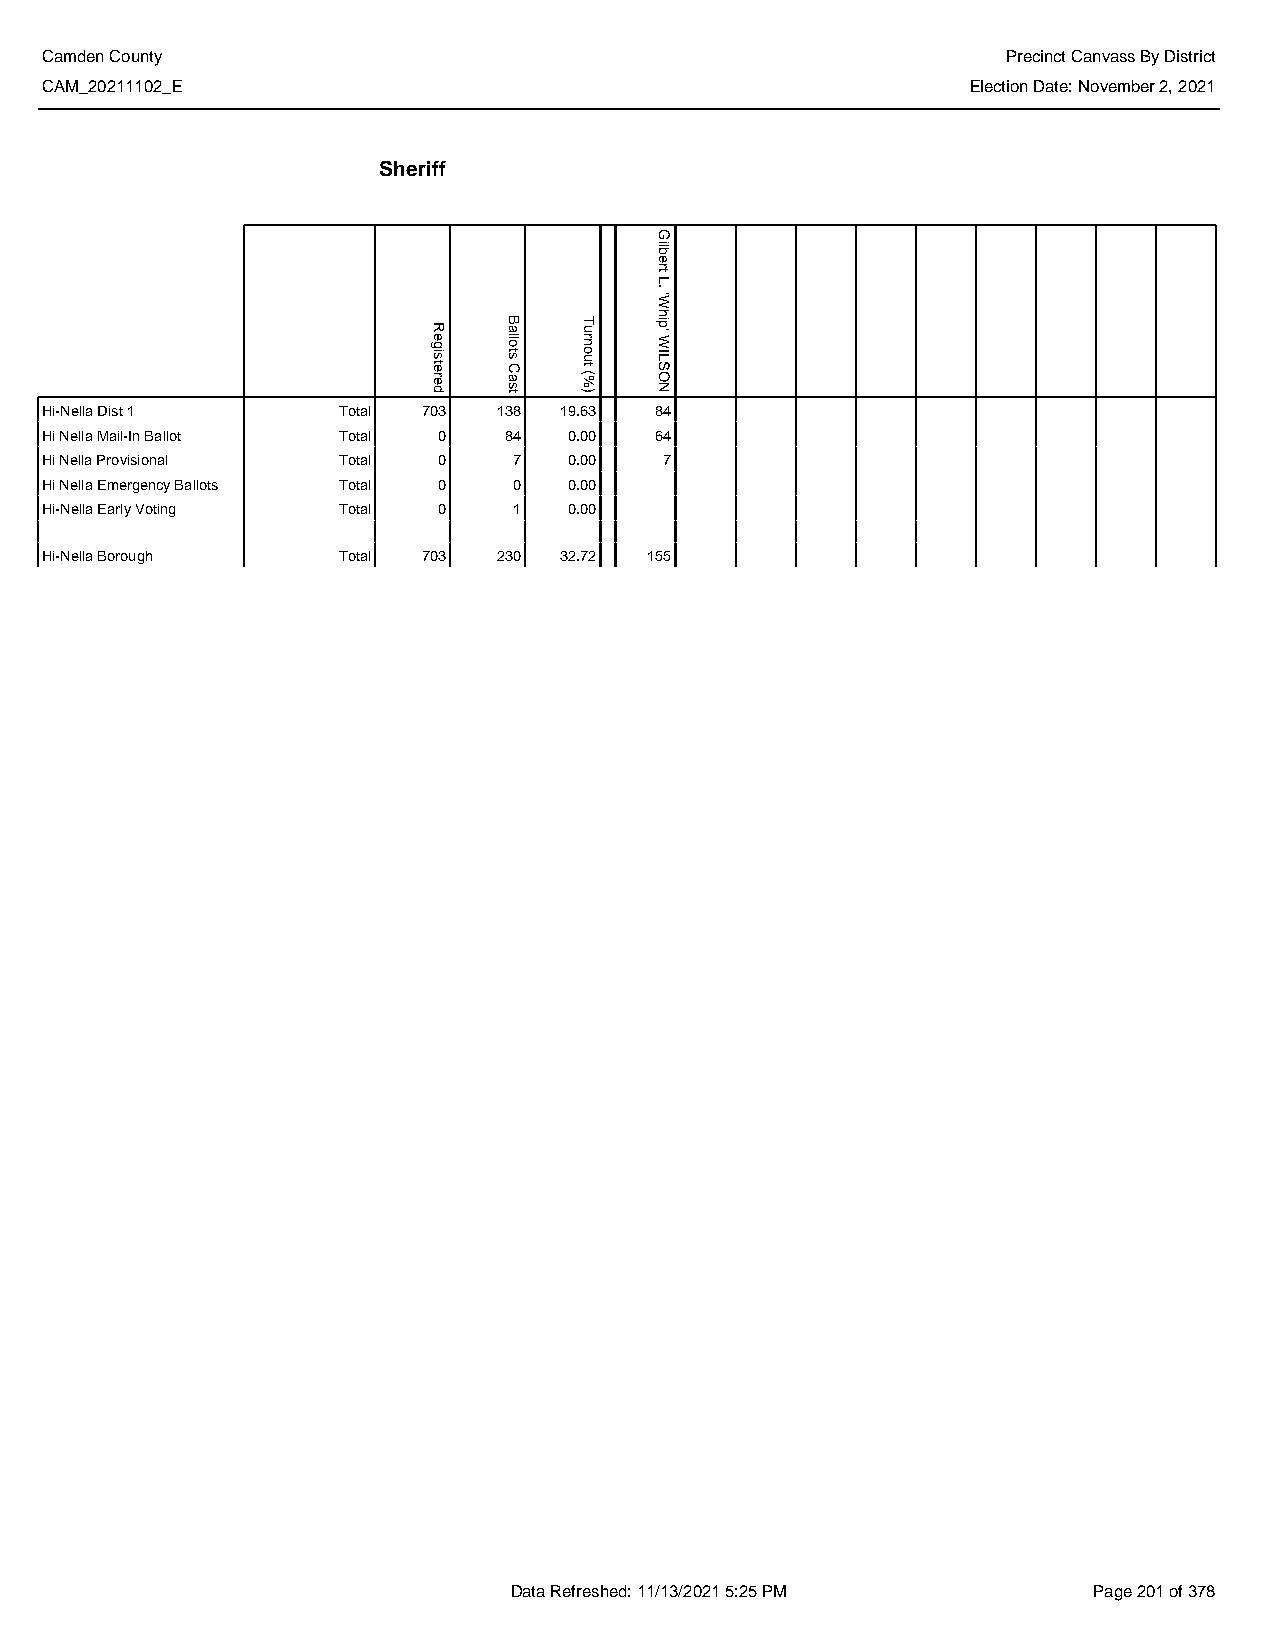
Camden County                                                   Precinct Canvass By District
 CAM_20211102_E                                               Election Date: November 2, 2021
 Sheriff
 Hi-Nella Dist 1    Total 703  138 19.63 84
 Hi Nella Mail-In Ballot Total 0 84 0.00 64
 Hi Nella Provisional Total 0   7   0.00  7
 Hi Nella Emergency Ballots Total 0 0 0.00
 Hi-Nella Early Voting Total 0  1   0.00
 Hi-Nella Borough   Total 703  230 32.72 155
 Data Refreshed: 11/13/2021 5:25 PM    Page 201 of 378
 Registered
 Ballots
 Cast
 Turnout
 (%)
 Gilbert
 L.
 'Whip'
 WILSON